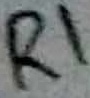
Text: R1